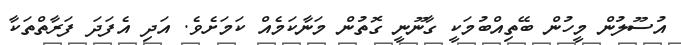
އުސޫލުން މީހުން ބޭތިއްބުމަކީ ގާނޫނީ ގޮތުން މަނާކަމެއް ކަމަށެވެ. އަދި އެފަދަ ފަރާތްތަކާ